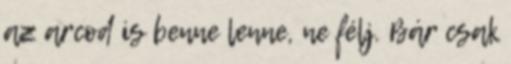
az arcod is benne lenne, ne félj. Bár csak